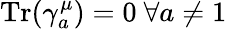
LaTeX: {\mathrm{Tr}}(\gamma_{a}^{\mu})=0~\forall a\not=1